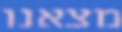
מצאנו